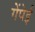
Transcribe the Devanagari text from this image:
गेंपेई